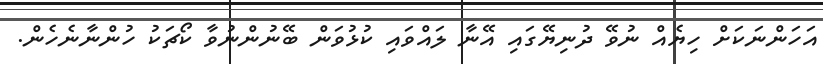
އަހަންނަކަށް ހިޔެއް ނުވޭ ދުނިޔޭގައި އޭނާ ލައްވައި ކުޅުވަން ބޭނުންނުވާ ކޯޗަކު ހުންނާނެހެން.